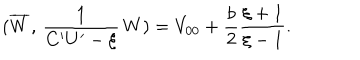
LaTeX: ( \overline { { { W } } } , \, \frac { 1 } { C ^ { \prime } U ^ { \prime } - \xi } \, W ) = V _ { 0 0 } + \frac { b } { 2 } \frac { \xi + 1 } { \xi - 1 } .